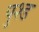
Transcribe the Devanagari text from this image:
पुश्ड